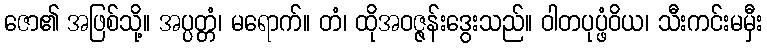
ဇော၏ အဖြစ်သို့။ အပ္ပတ္တံ၊ မရောက်။ တံ၊ ထိုအဝဇ္ဇန်းဒွေးသည်။ ဝါတပုပ္ဖံဝိယ၊ သီးကင်းမမှီး